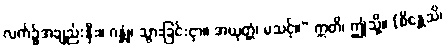
လက်၌အချည်းနှီး။ ဂန္တုံ၊ သွားခြင်းငှာ။ အယုတ္တံ၊ မသင့်။” ဣတိ၊ ဤသို့။ (စိန္တေသိ၊